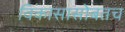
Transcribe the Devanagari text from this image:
विकासासोबतच